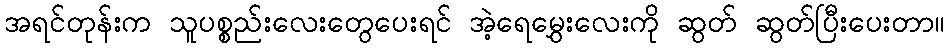
အရင်တုန်းက သူပစ္စည်းလေးတွေပေးရင် အဲ့ရေမွှေးလေးကို ဆွတ် ဆွတ်ပြီးပေးတာ။